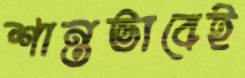
শান্তভাবেই